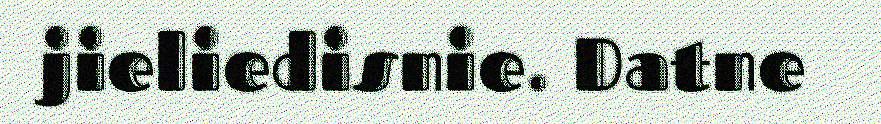
jieliedisnie. Datne